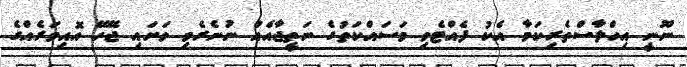
ނޫނީ އިހްލާސްތެރިކަމާ އެކު ފެއްޓެވި މަސައްކަތުގެ ނަތީޖާއެއް ނުނެރެވި ވަށައި ޖޭހޭ އޮއިވަރެއްގެ